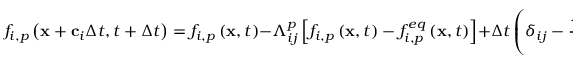
f _ { i , p } \left( \mathbf { x } + \mathbf { c } _ { i } \Delta t , t + \Delta t \right) = f _ { i , p } \left( \mathbf { x } , t \right) - \Lambda _ { i j } ^ { p } \left[ f _ { i , p } \left( \mathbf { x } , t \right) - f _ { i , p } ^ { e q } \left( \mathbf { x } , t \right) \right] + \Delta t \left( \delta _ { i j } - \frac { \Lambda _ { i j } ^ { p } } { 2 } \right) R _ { j , p } \left( \mathbf { x } , t \right) , \quad \mathrm { ~ f ~ o ~ r ~ } 1 \leq p \leq N ,